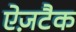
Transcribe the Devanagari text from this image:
ऐज़टैक